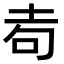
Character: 𡊦